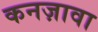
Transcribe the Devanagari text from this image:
कनज़ावा